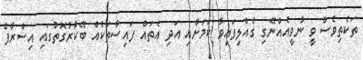
ތަކެތިވެސް ވީ ނުވީއެއްނޭގި ގެއްލިފައިވާ ކަމަށާއި އަދި އެތައް ފައިސާތަކެއް ބޭކާރުގޮތުގައި އިސްރާފް